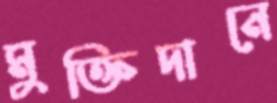
মুক্তিদানে